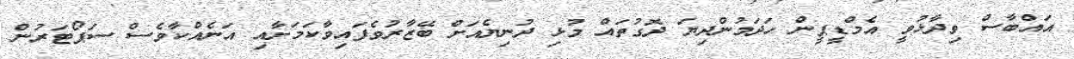
އައްބާސް ވިދާޅުވީ އެމްޑީޕީން ހަދަމުންދިޔަ ދޮގުތައް މުޅި ދުނިޔެއަށް ބޭޒާރުވެފައިވާކަމަށާއި އަނެއްކާވެސް ސަޕޯޓަރުން